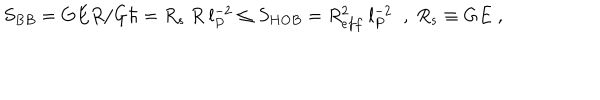
S _ { B B } = G E R / G \hbar = R _ { s } ~ R ~ l _ { P } ^ { - 2 } \le S _ { H O B } = R _ { e f f } ^ { 2 } ~ l _ { P } ^ { - 2 } \; \; , \; R _ { s } \equiv G E \; ,